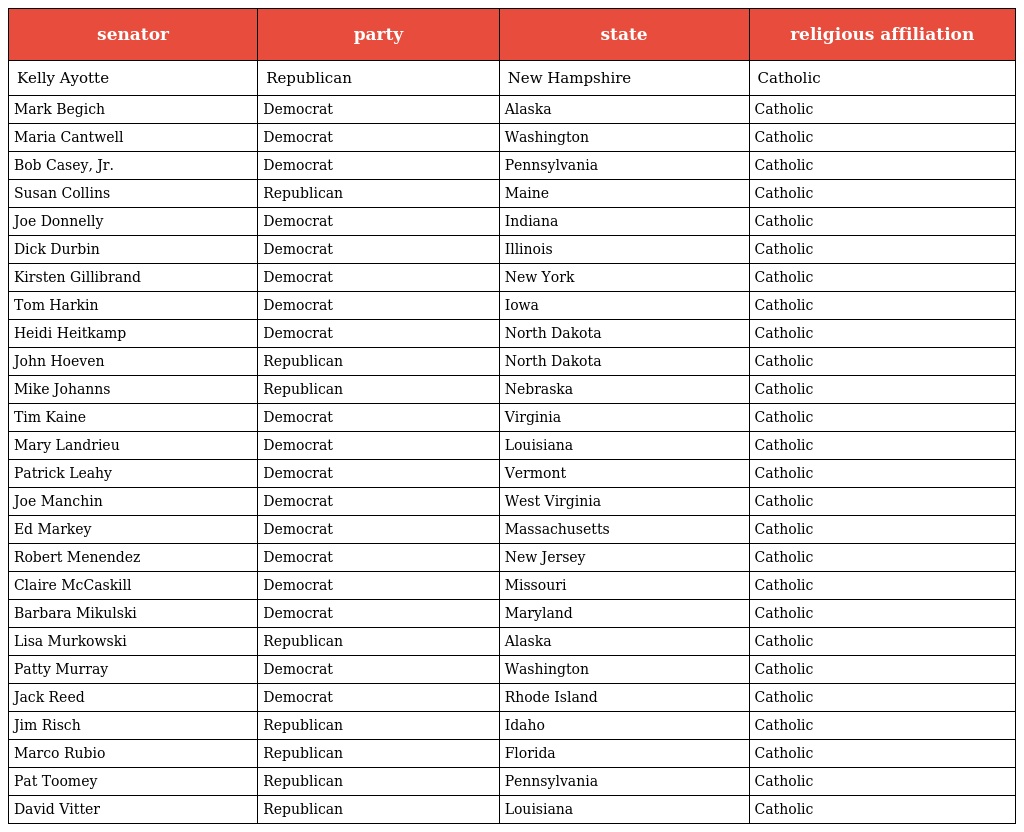
| senator | party | state | religious affiliation |
 | --- | --- | --- | --- |
 | Kelly Ayotte | Republican | New Hampshire | Catholic |
 | Mark Begich | Democrat | Alaska | Catholic |
 | Maria Cantwell | Democrat | Washington | Catholic |
 | Bob Casey, Jr. | Democrat | Pennsylvania | Catholic |
 | Susan Collins | Republican | Maine | Catholic |
 | Joe Donnelly | Democrat | Indiana | Catholic |
 | Dick Durbin | Democrat | Illinois | Catholic |
 | Kirsten Gillibrand | Democrat | New York | Catholic |
 | Tom Harkin | Democrat | Iowa | Catholic |
 | Heidi Heitkamp | Democrat | North Dakota | Catholic |
 | John Hoeven | Republican | North Dakota | Catholic |
 | Mike Johanns | Republican | Nebraska | Catholic |
 | Tim Kaine | Democrat | Virginia | Catholic |
 | Mary Landrieu | Democrat | Louisiana | Catholic |
 | Patrick Leahy | Democrat | Vermont | Catholic |
 | Joe Manchin | Democrat | West Virginia | Catholic |
 | Ed Markey | Democrat | Massachusetts | Catholic |
 | Robert Menendez | Democrat | New Jersey | Catholic |
 | Claire McCaskill | Democrat | Missouri | Catholic |
 | Barbara Mikulski | Democrat | Maryland | Catholic |
 | Lisa Murkowski | Republican | Alaska | Catholic |
 | Patty Murray | Democrat | Washington | Catholic |
 | Jack Reed | Democrat | Rhode Island | Catholic |
 | Jim Risch | Republican | Idaho | Catholic |
 | Marco Rubio | Republican | Florida | Catholic |
 | Pat Toomey | Republican | Pennsylvania | Catholic |
 | David Vitter | Republican | Louisiana | Catholic |